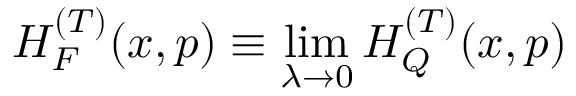
H _ { F } ^ { ( T ) } ( x , p ) \equiv \operatorname* { l i m } _ { \lambda \to 0 } H _ { Q } ^ { ( T ) } ( x , p )